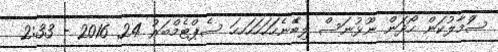
ސަްމާލުކަން ހޯދަން ނޫޅުނަސް ލިބެޭނެހަަަަަަހަހަހަހހަ ސެޕްޓެމްބަރު 24